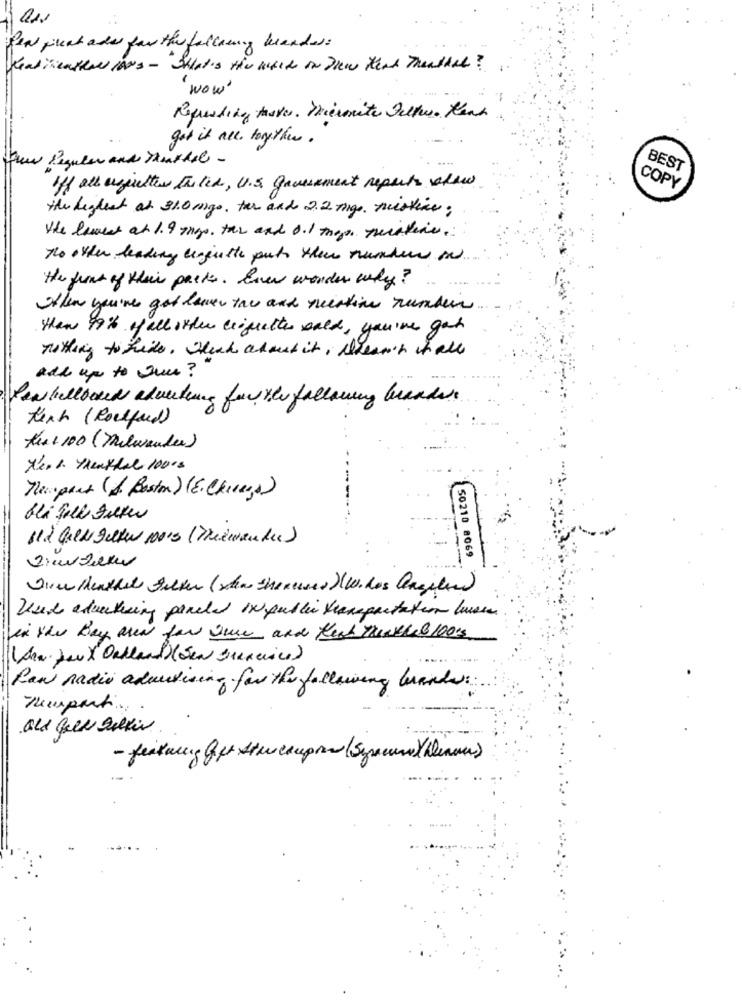
Pen just adar far the falling brander:
Kealimenter lors - What's the white on Drew Head Thanthat ?
wow
Repressing tastes. Miermite Filter. teat
got it all together.
Few Reguler and Mushal -
BEST
Iff all aggretter the lid, U.S. Government reports ofde
COPY
the highest at 310 mgs. tar and 22 mg. mistice;
the lowest at 1.9 mgs. the and 0.1 meses Tristede.
To other leading beginthe put their numbers on
the front of their parks. Ever wonder why?
When you've got lever tau and nestine rundein
Han 99% of all order croquettes wald, you've got
nothing to hide, Which advent it , trean's hall
add up to Que ?
few bellboken advertising for the following brands.
tech ( Roelfeed)
Aus + 100 ( Milwauder)
/ers. thenthal 100cs
Temport (Je Boston) (E. Chinees)
blå Full Filter
112 Gulli gute 10010 (Diezwander)
50210 8069
Used advertising paneled in public transportation husen
in the Bay area for One and Kesh Tunkheb 100's
(An Jeux Outland)(Sen Surence)
Ran radio admitising for the following brands.
- featuring Gpr Stweeaupon ( Synem)hinaus)